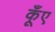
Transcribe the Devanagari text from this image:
कूँए